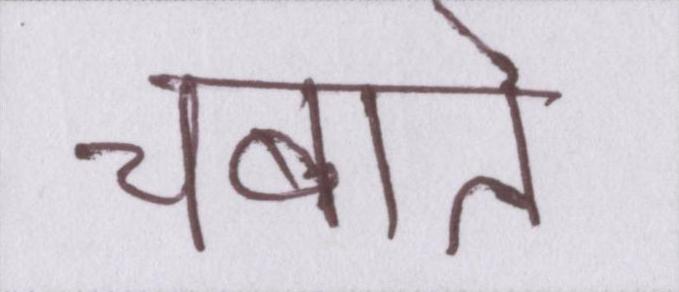
चबाते